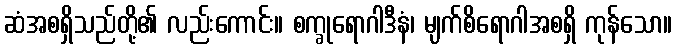
ဆံအစရှိသည်တို့၏ လည်းကောင်း။ စက္ခုရောဂါဒီနံ၊ မျက်စိရောဂါအစရှိ ကုန်သော။